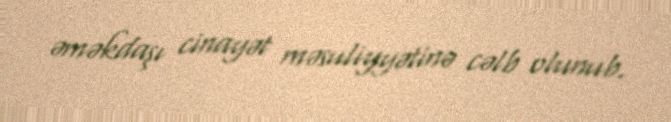
əməkdaşı cinayət məsuliyyətinə cəlb olunub.